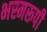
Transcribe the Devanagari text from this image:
भस्मरूपी